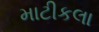
માટીકલા